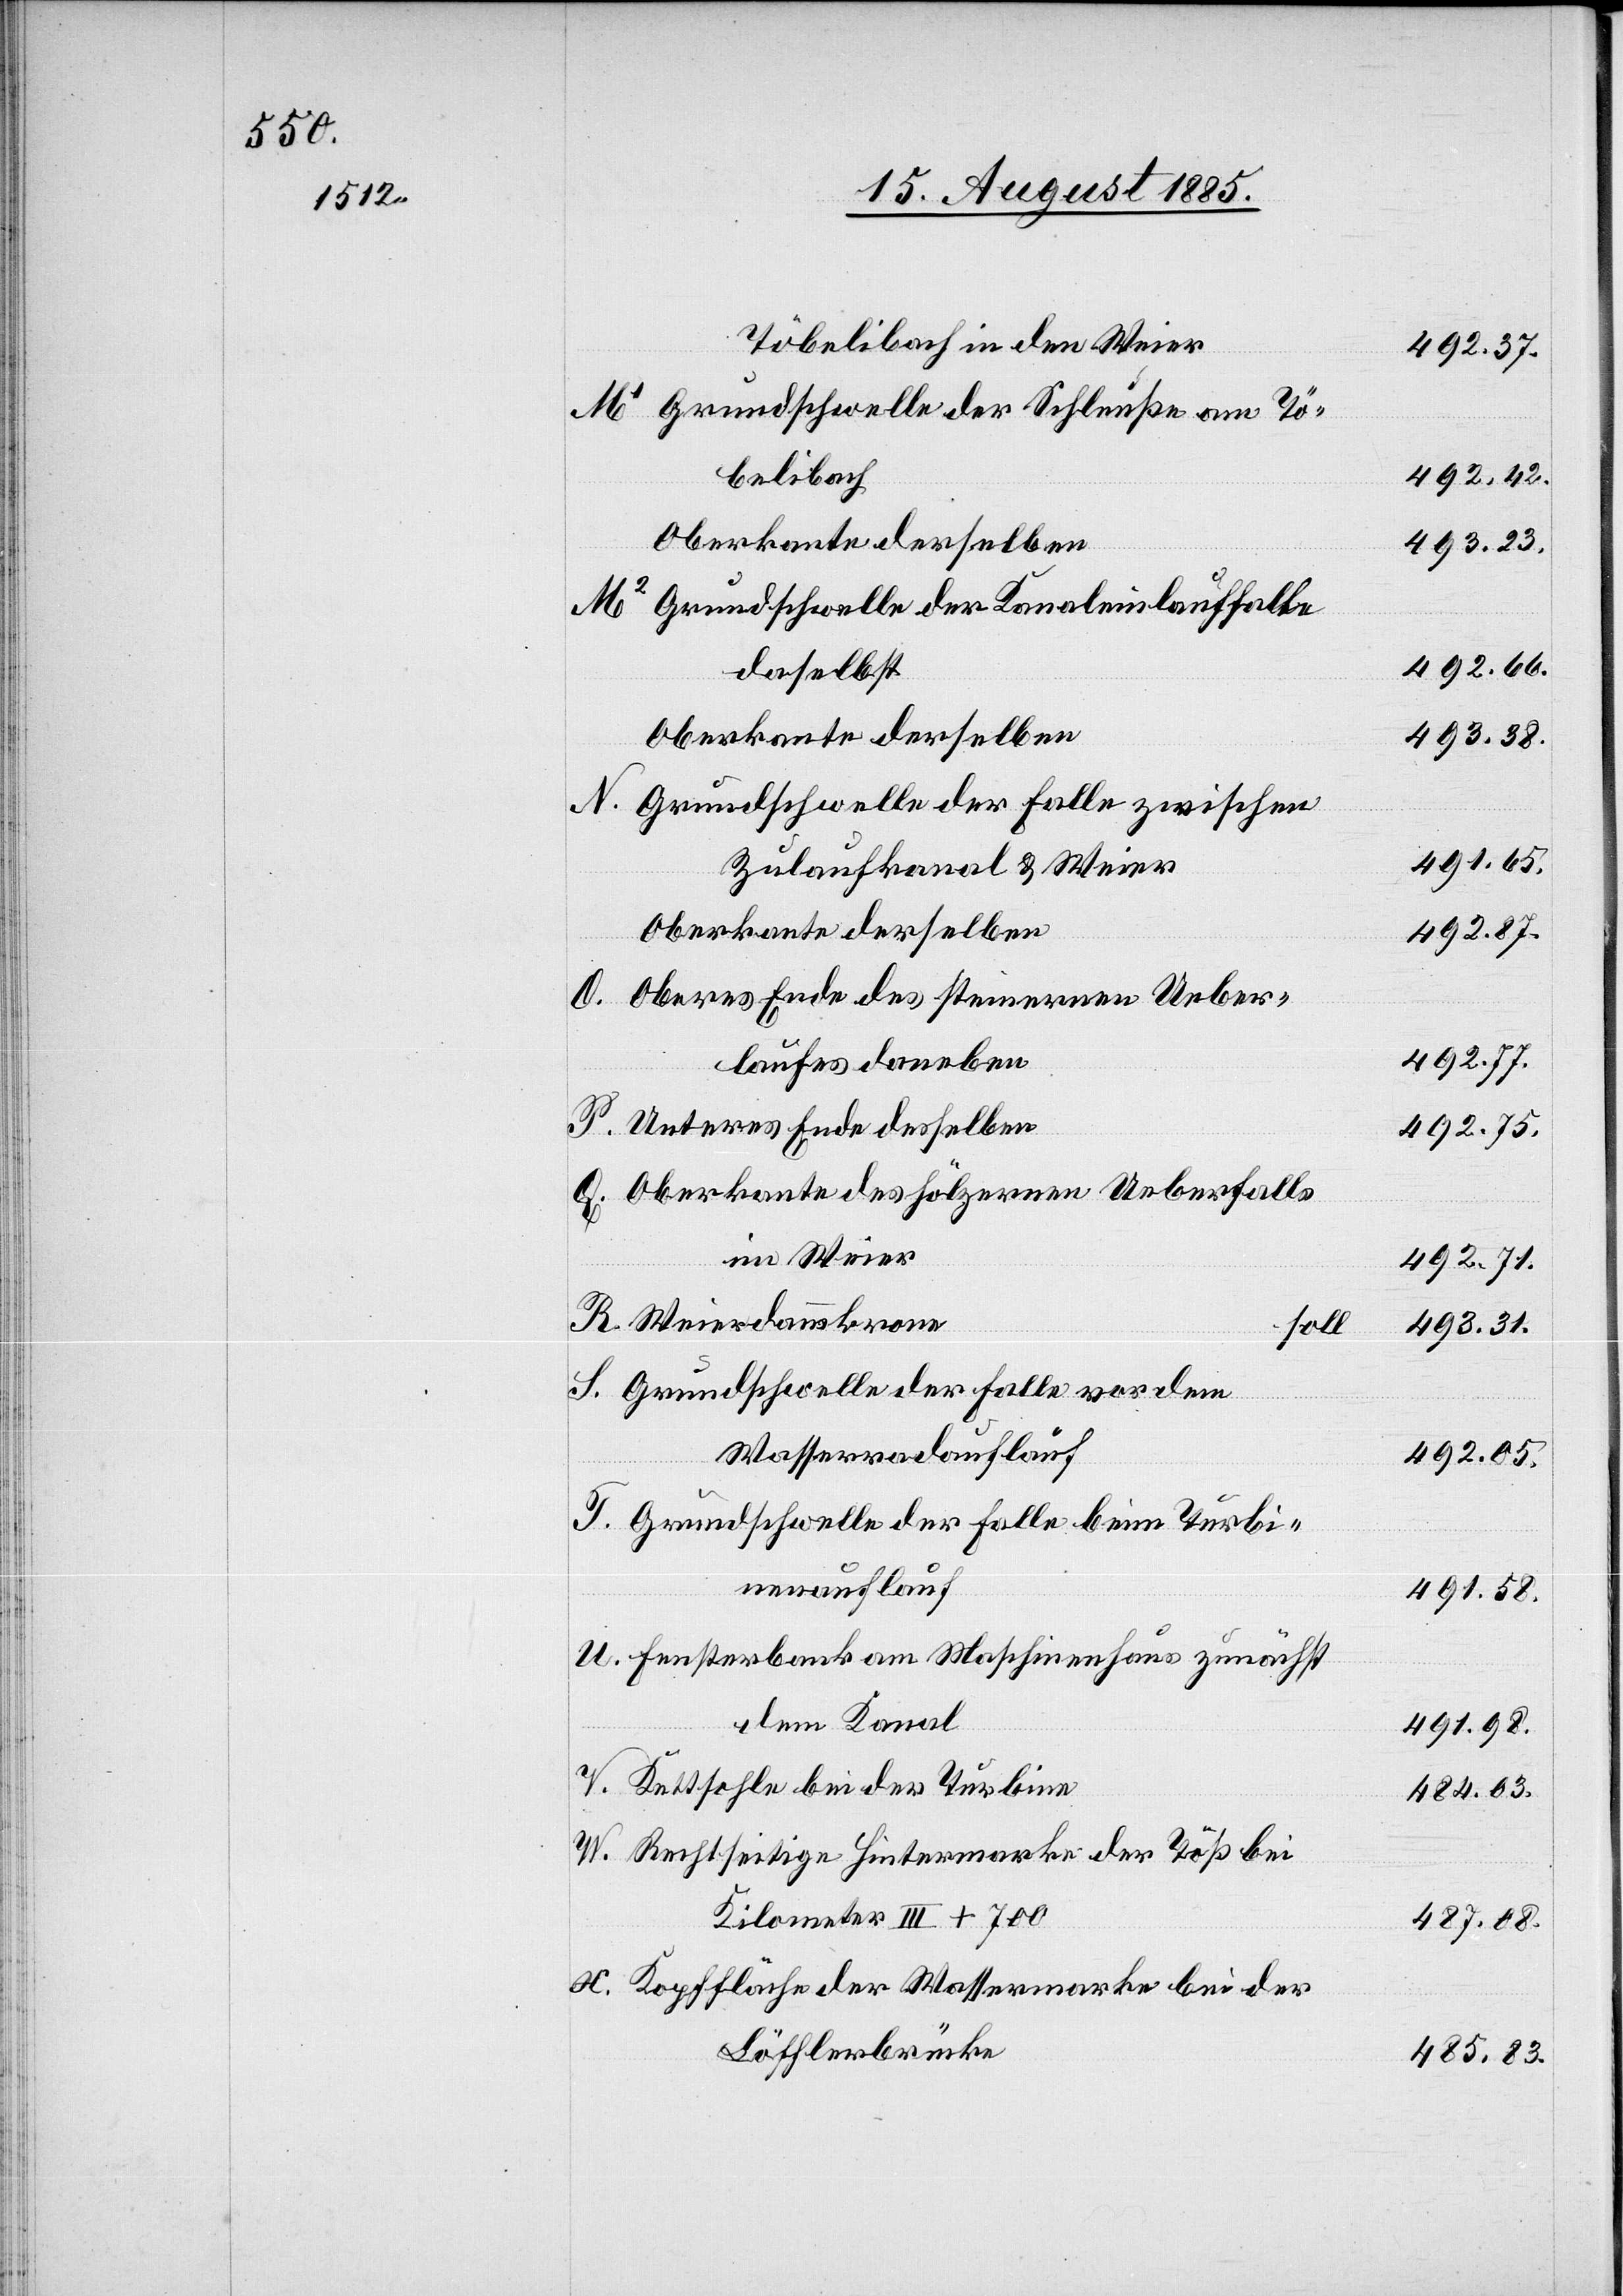
X.
Töbelibach in den Weier
Grundschwelle der Schleuse am Tö¬
belibach
Grundschwelle der Kanaleinlauffalle
daselbst
Grundschwelle der Falle zwischen
Zulaufkanal & Weier
Oberkante derselben
Oberes Ende des steinernen Ueber¬
laufes daneben
Unteres Ende desselben
Oberkante des hölzernen Ueberfalls
im Weier
Weierdammkrone
soll
Grundschwelle der Falle vor dem
Wasserradauflauf
Grundschwelle der Falle beim Turbi¬
nenauflauf
Fensterbank am Maschinenhaus zunächst
dem Kanal
Kettsohle bei der Turbine
Rechtseitige Hintermarke der Töß bei
Kilometer III + 700
Kopffläche der Wassermarke bei der
Löfflerbrücke

492.37.
492.42.
493.23.
492.66.
493.31.
491.58.
492.87.
492.77.
492.75.
492.71.
492.05.
491.98.
484.03.
487.08.
485.83.